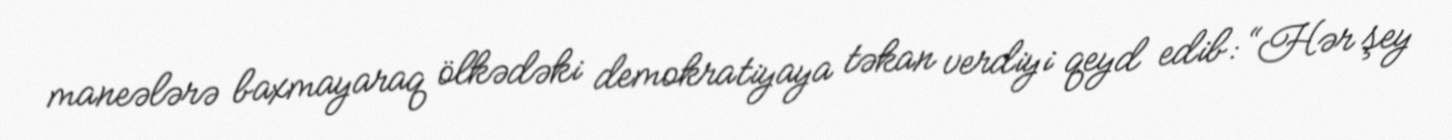
maneələrə baxmayaraq ölkədəki demokratiyaya təkan verdiyi qeyd edib: “Hər şey